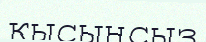
қысынсыз